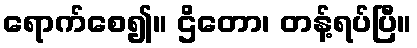
ရောက်စေ၍။ ဌိတော၊ တန့်ရပ်ပြီ။